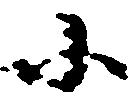
小